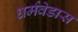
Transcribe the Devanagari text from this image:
धर्मवेडास